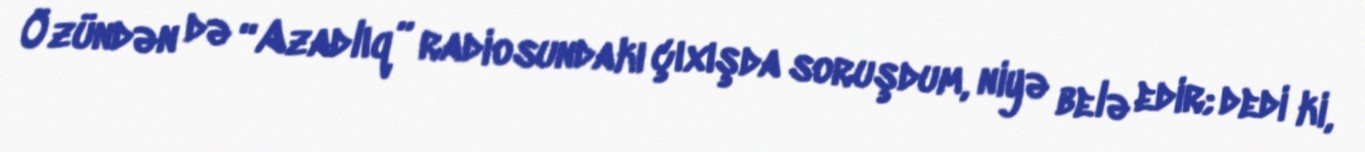
Özündən də “Azadlıq” radiosundakı çıxışda soruşdum, niyə belə edir; dedi ki,